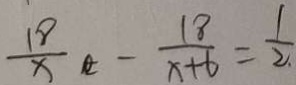
\frac { 1 8 } { x } - \frac { 1 8 } { x + 6 } = \frac { 1 } { 2 }